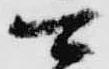
可